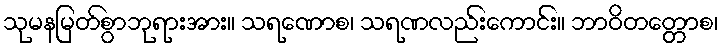
သုမနမြတ်စွာဘုရားအား။ သရဏောစ၊ သရဏလည်းကောင်း။ ဘာဝိတတ္တောစ၊